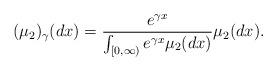
LaTeX: \begin{align*} (\mu_{2})_\gamma (dx) = \frac{e^{\gamma x}}{\int_{[0,\infty)} e^{\gamma x}\mu_{2}(dx)} \mu_{2}(dx). \end{align*}